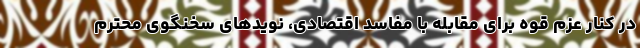
در کنار عزم قوه برای مقابله با مفاسد اقتصادی، نویدهای سخنگوی محترم